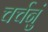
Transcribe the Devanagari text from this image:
चर्चनुं